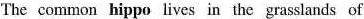
The common hippo lives in the grasslands of